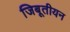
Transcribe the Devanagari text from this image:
जिबूतीयन